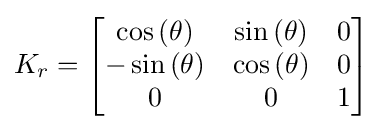
K_{r}={\begin{bmatrix}\cos {\left(\theta \right)}&\sin {\left(\theta \right)}&0\\-\sin {\left(\theta \right)}&\cos {\left(\theta \right)}&0\\0&0&1\end{bmatrix}}